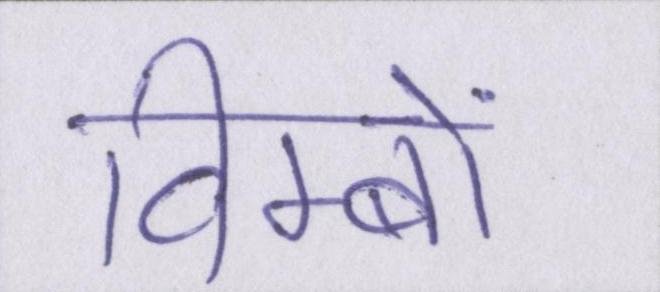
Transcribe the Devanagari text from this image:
विम्बों